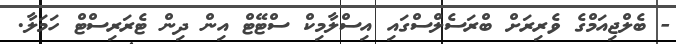
- ބެލްޖިއަމްގެ ވެރިރަށް ބްރަސެލްސްގައި އިސްލާމިކް ސްޓޭޓް އިން ދިން ޓެރަރިސްޓް ހަމަލާ.